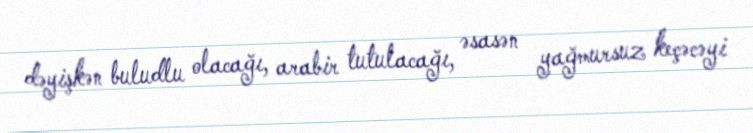
dəyişkən buludlu olacağı, arabir tutulacağı, əsasən yağmursuz keçəcəyi